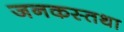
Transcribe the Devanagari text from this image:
जनकस्तथा